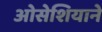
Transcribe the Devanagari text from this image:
ओसेशियाने